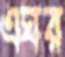
এঘর